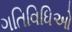
ગતિવિધિઓ